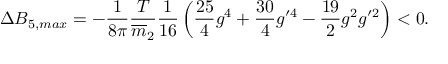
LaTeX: \Delta B _ { 5 , m a x } = - \frac { 1 } { 8 \pi } \frac { T } { \overline { { { m } } } _ { 2 } } \frac { 1 } { 1 6 } \left( \frac { 2 5 } { 4 } g ^ { 4 } + \frac { 3 0 } { 4 } g ^ { \prime 4 } - \frac { 1 9 } { 2 } g ^ { 2 } g ^ { \prime 2 } \right) < 0 .